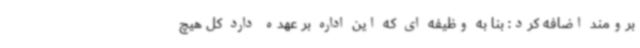
برومند اضافه کرد: بنا به وظیفه ای که این اداره بر عهده دارد کل هیچ